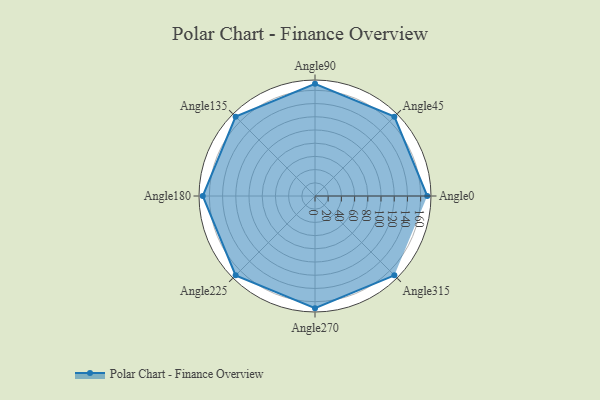
{"axis": {"x": "Angle", "y": "Radius"}, "legend": [""], "data": [{"x": "Angle0", "y": 170, "type": ""}, {"x": "Angle45", "y": 170, "type": ""}, {"x": "Angle90", "y": 170, "type": ""}, {"x": "Angle135", "y": 170, "type": ""}, {"x": "Angle180", "y": 170, "type": ""}, {"x": "Angle225", "y": 170, "type": ""}, {"x": "Angle270", "y": 170, "type": ""}, {"x": "Angle315", "y": 170, "type": ""}]}